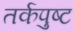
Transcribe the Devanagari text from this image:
तर्कपुष्ट